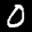
Label: 0